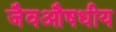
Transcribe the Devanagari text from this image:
जैवऔषधीय